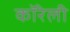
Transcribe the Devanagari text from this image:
कॉरेली